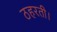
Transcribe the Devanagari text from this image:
ठहरती।